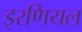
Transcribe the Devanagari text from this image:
इरणियल